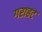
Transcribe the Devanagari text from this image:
गराहट